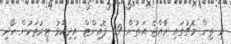
މި ތިން މެޗުގައި ރާއްޖެ އަތުން 59 ޕޮއިންޓް އިދިކޮޅު ޓީމުތަކުން ހޯދި